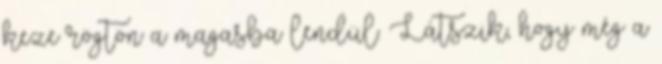
keze rögtön a magasba lendül. Látszik, hogy még a